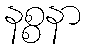
နစ္စနာ